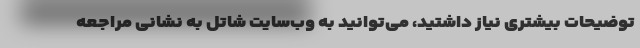
توضیحات بیشتری نیاز داشتید، می‌توانید به وب‌سایت شاتل به نشانی مراجعه